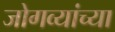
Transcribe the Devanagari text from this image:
जोगव्यांच्या